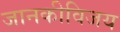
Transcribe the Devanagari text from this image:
जानकीविजय